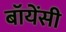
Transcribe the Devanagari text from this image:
बॉयेंसी